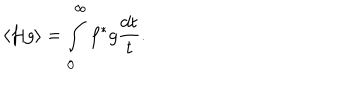
LaTeX: \langle f \vert g \rangle = \int _ { 0 } ^ { \infty } f ^ { * } g \frac { d t } { t } .